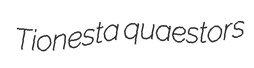
Tionesta quaestors